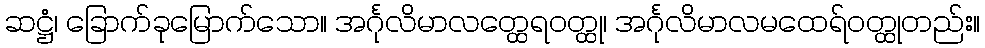
ဆဋ္ဌံ၊ ခြောက်ခုမြောက်သော။ အင်္ဂုလိမာလတ္ထေရဝတ္ထု၊ အင်္ဂုလိမာလမထေရ်ဝတ္ထုတည်း။